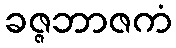
ခဇ္ဇဘာဇကံ